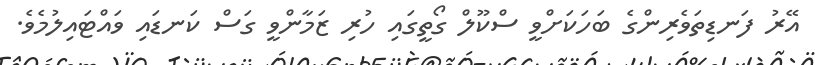
އޭރު ފަނޑިތަވެރިންގެ ބަހަކަށްވީ ސްކޫލް ގޯތީގައި ހުރި ޒަމާންވީ ގަސް ކަނޑައި ވައްޓައިލުމެވެ.